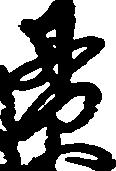
貫